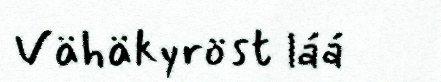
Vähäkyröst láá